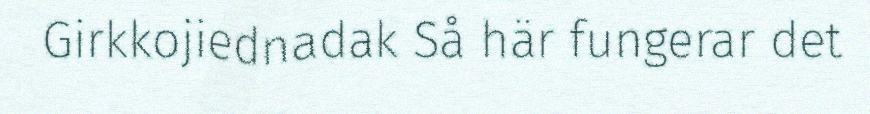
Girkkojiednadak Så här fungerar det